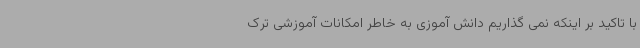
با تاکید بر اینکه نمی گذاریم دانش آموزی به خاطر امکانات آموزشی ترک